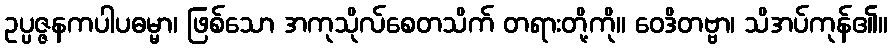
ဥပ္ပဇ္ဇနကပါပဓမ္မာ၊ ဖြစ်သော အကုသိုလ်စေတသိက် တရားတို့ကို။ ဝေဒိတဗ္ဗာ၊ သိအပ်ကုန်၏။